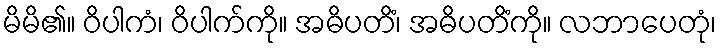
မိမိ၏။ ဝိပါကံ၊ ဝိပါက်ကို။ အဓိပတိံ၊ အဓိပတိံကို။ လဘာပေတုံ၊